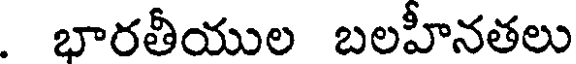
. భారతీయుల బలహీనతలు